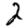
Digit: 2